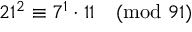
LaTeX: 2 1 ^ { 2 } \equiv 7 ^ { 1 } \cdot 1 1 { \pmod { 9 1 } }